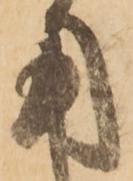
用